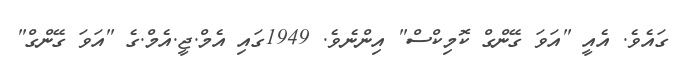
ގައެވެ. އެއީ "އަވަ ގޭންގް ކޮމިކްސް" އިންނެވެ. 1949ގައި އެމް.ޖީ.އެމް.ގެ "އަވަ ގޭންގް"